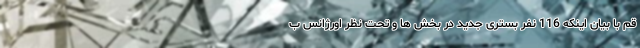
قم با بیان اینکه 116 نفر بستری جدید در بخش ها و تحت نظر اورژانس ب